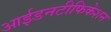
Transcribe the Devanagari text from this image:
आईडनटीफिकेशन